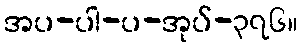
အပ-ပါ-ပ-အုပ်-၃၇၆။